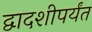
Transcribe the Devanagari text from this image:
द्वादशीपर्यंत